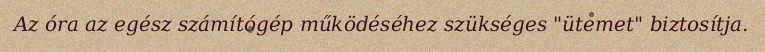
Az óra az egész számítógép működéséhez szükséges "ütemet" biztosítja.